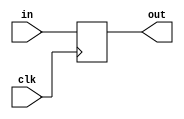
module PC(out,in,clk);

	input [31:0] in;
	input clk;
	output [31:0] out;
	
	reg [31:0] out;
	wire [31:0] in;
	reg reset;
	initial begin
		reset = 1;
	    #51 reset = 0;
	end
	
	always @ (posedge clk)
	begin
		if(reset)
			out <= #2 0;
		else
			out <= #2 in;		
	end
		
endmodule